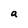
Character: a